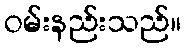
ဝမ်းနည်းသည်။